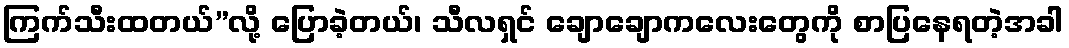
ကြက်သီးထတယ်”လို့ ပြောခဲ့တယ်၊ သီလရှင် ချောချောကလေးတွေကို စာပြနေရတဲ့အခါ